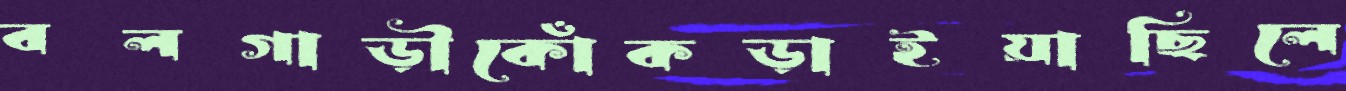
বলগাড়ীকোঁকড়াইয়াছিলে